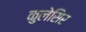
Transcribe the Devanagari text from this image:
कुलेसिर